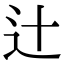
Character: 辻